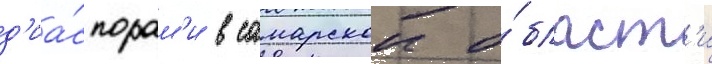
д'иа́спорам'и в самарскои о́бласт'и